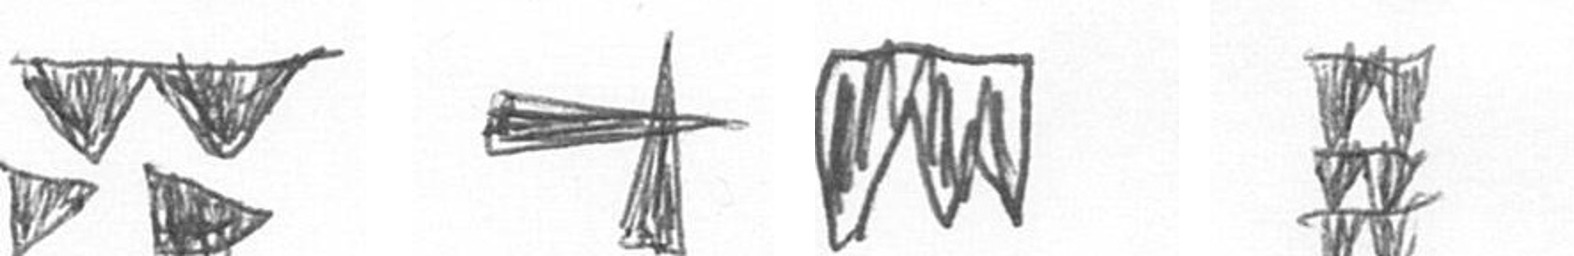
B G L Y